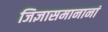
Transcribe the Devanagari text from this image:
जिज्ञासमानानां